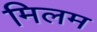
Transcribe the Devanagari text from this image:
मिलम